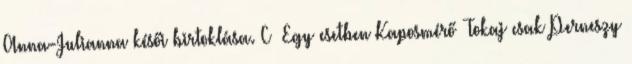
Anna-Julianna késői birtoklása. C Egy esetben Kaposmérő Tokaj csak Perneszy